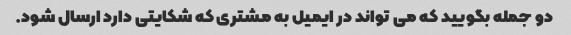
دو جمله بگویید که می تواند در ایمیل به مشتری که شکایتی دارد ارسال شود.